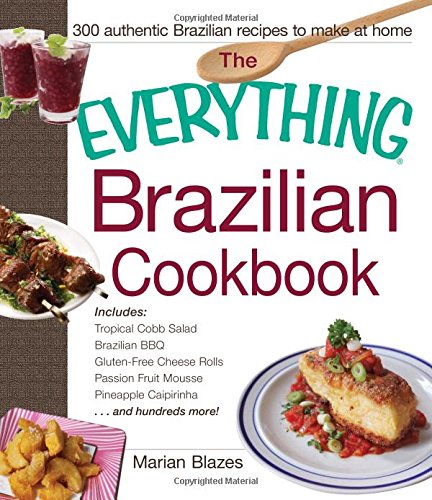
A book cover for The Everything Brazilian Cookbook: Includes Tropical Cobb Salad, Brazilian BBQ, Gluten-Free Cheese Rolls, Passion Fruit Mousse, Pineapple Caipirinha...and Hundreds More!; Marian Blazes; Cookbooks, Food & Wine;